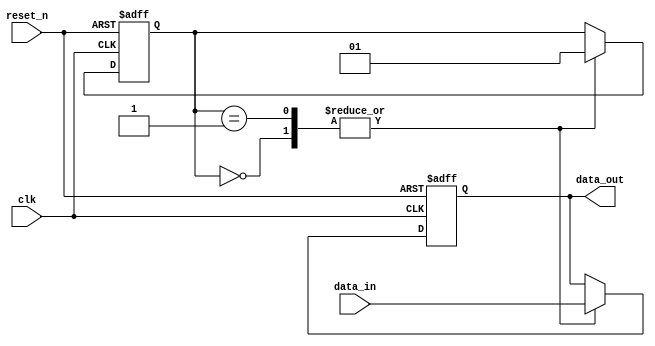
module simple_bypass_register (
    input wire clk,
    input wire reset_n,
    input wire data_in,
    output reg data_out
);

reg [1:0] state;

always @ (posedge clk or negedge reset_n) begin
    if (~reset_n) begin
        state <= 2'b00; // Reset state
        data_out <= 1'b0;
    end else begin
        case (state)
            2'b00: begin // Hold state
                data_out <= data_in;
                state <= 2'b01;
            end
            2'b01: begin // Bypass state
                data_out <= data_in;
                state <= 2'b01;
            end
        endcase
    end
end

endmodule